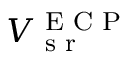
V _ { \textrm { s r } } ^ { \textrm { E C P } }